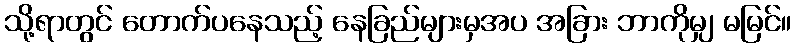
သို့ရာတွင် တောက်ပနေသည့် နေခြည်များမှအပ အခြား ဘာကိုမျှ မမြင်။